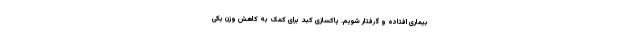
بیماری افتاده و گرفتار شویم. پاکسازی کبد برای کمک به کاهش وزن یکی